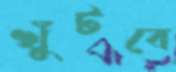
খুঁটবে